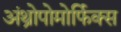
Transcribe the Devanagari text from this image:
अंथ्रोपोमोर्फिक्स